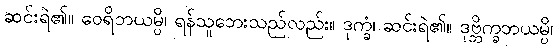
ဆင်းရဲ၏။ ဝေရိဘယမ္ပိ၊ ရန်သူဘေးသည်လည်း။ ဒုက္ခံ၊ ဆင်းရဲ၏။ ဒုဗ္ဘိက္ခဘယမ္ပိ၊